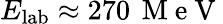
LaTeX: E_{\mathrm{lab}}\approx 270\, \mathrm{~M~e~V~}